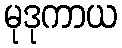
မုဒုကာယ